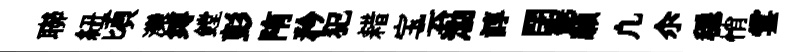
聯紐頃灤缚鏜彭陏矜犯耤宝云渤諄閉鋸願凢尒穩悄雲